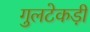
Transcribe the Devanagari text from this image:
गुलटेकड़ी